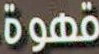
قهوة